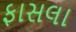
ફાસલા